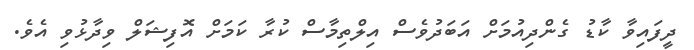
ދީފައިވާ ކާޑު ގެންދިއުމަށް އަބަދުވެސް އިލްތިމާސް ކުރާ ކަމަށް އޮފިޝަލް ވިދާޅުވި އެވެ.